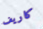
كاريف